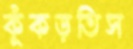
কুঁকড়তিস